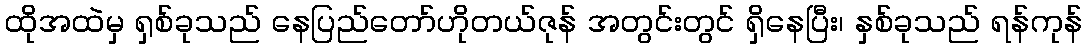
ထိုအထဲမှ ရှစ်ခုသည် နေပြည်တော်ဟိုတယ်ဇုန် အတွင်းတွင် ရှိနေပြီး၊ နှစ်ခုသည် ရန်ကုန်